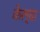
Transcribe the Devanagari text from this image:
केल्दा